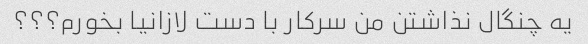
یه چنگال نذاشتن من سرکار با دست لازانیا بخورم؟؟؟